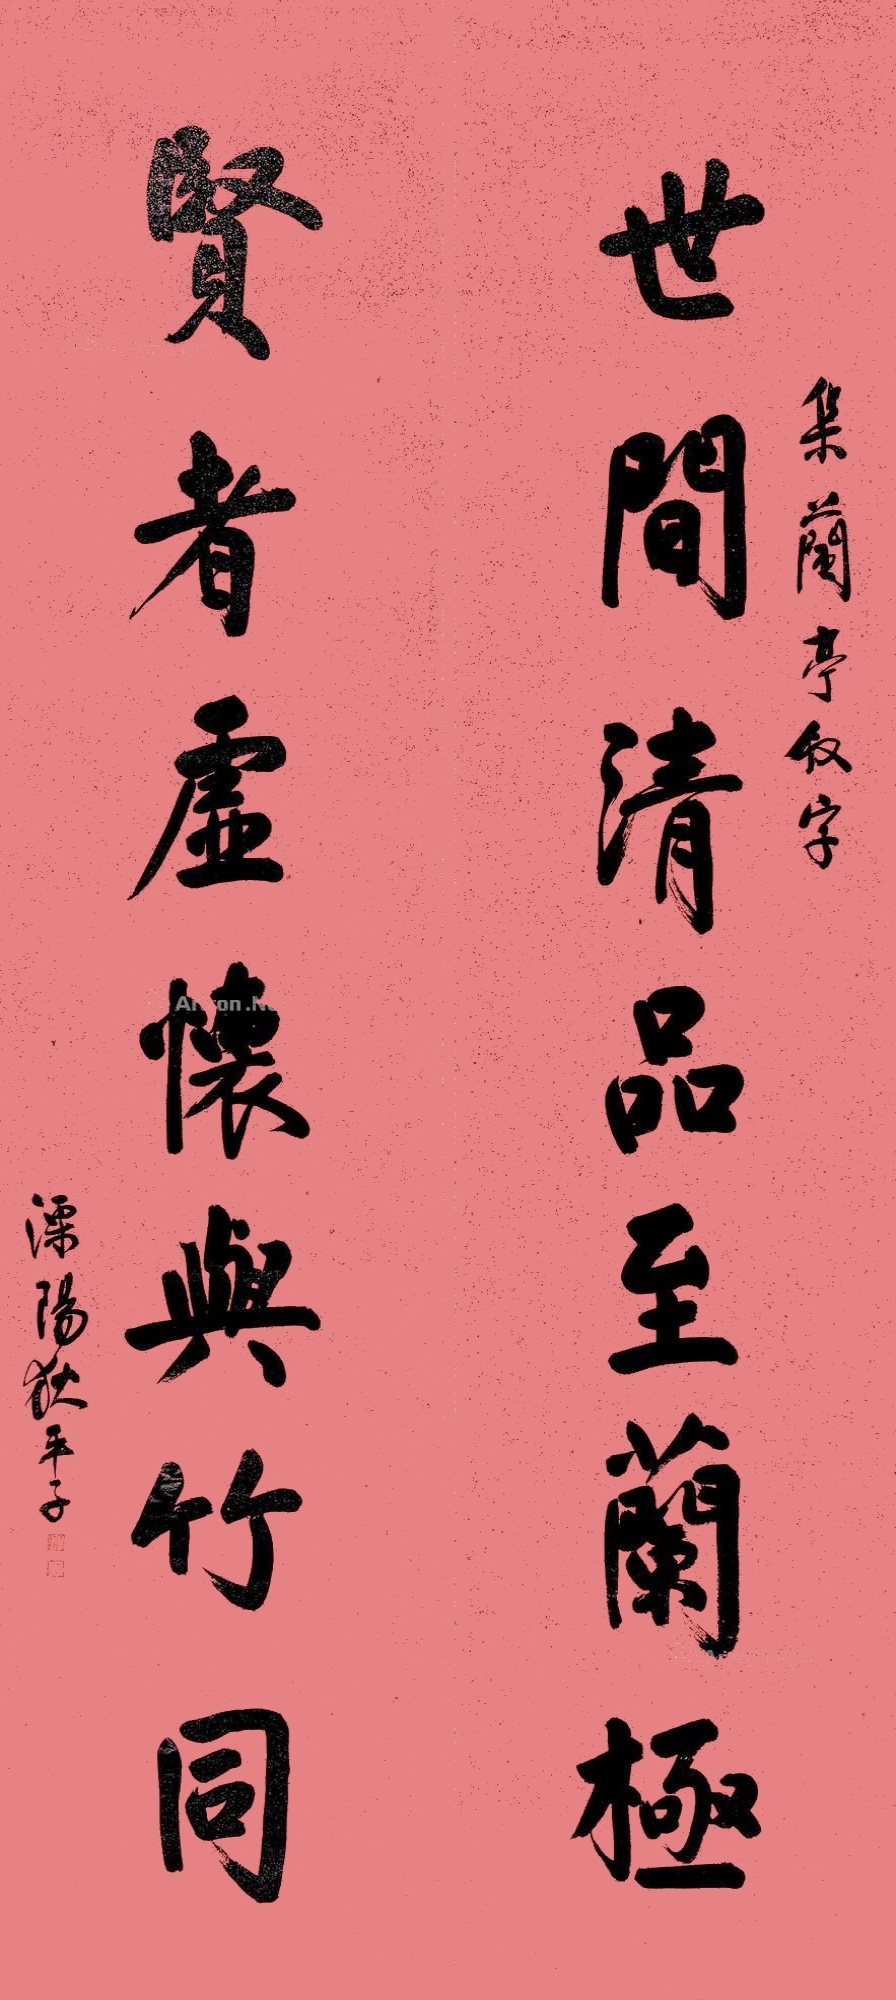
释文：世间清品至兰极，贤者虚怀与竹同。集兰亭叙字。溧阳狄平子。